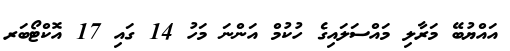
އައްޔުބޭ މަރާލި މައްސަލައިގެ ހުކުމް އަންނަ މަހު 14 ގައި 17 އޮކްޓޯބަރ